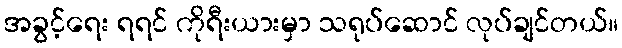
အခွင့်ရေး ရရင် ကိုရီးယားမှာ သရုပ်ဆောင် လုပ်ချင်တယ်။